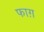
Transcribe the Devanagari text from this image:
फाग़